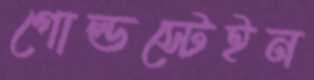
গোল্ডস্টেইন